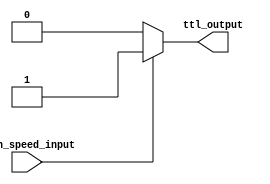
module ttl_buffer (
  input wire high_speed_input,
  output reg ttl_output
);

always @(high_speed_input)
  begin
    if (high_speed_input)
      ttl_output <= 1'b1;
    else
      ttl_output <= 1'b0;
  end

endmodule